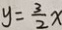
y = \frac { 3 } { 2 } x